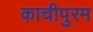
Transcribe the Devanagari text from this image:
काचीपुरम